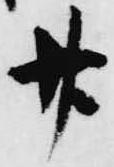
廿